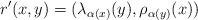
LaTeX: \begin{align*}r^{\prime}(x,y)=(\lambda_{\alpha(x)}(y),\rho_{ \alpha(y)} (x))\end{align*}